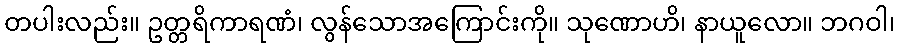
တပါးလည်း။ ဥတ္တရိကာရဏံ၊ လွန်သောအကြောင်းကို။ သုဏောဟိ၊ နာယူလော။ ဘဂဝါ၊